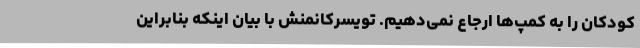
کودکان را به کمپ‌ها ارجاع نمی‌دهیم. تویسرکانمنش با بیان اینکه بنابراین